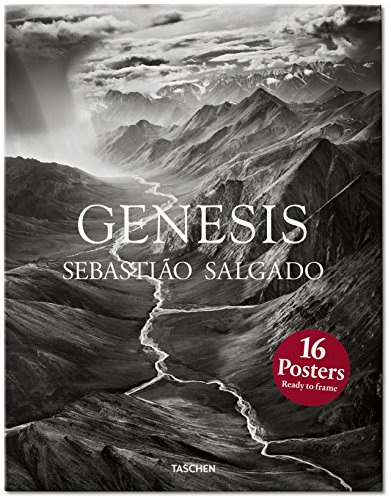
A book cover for Salgado Print Set; TASCHEN; Arts & Photography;